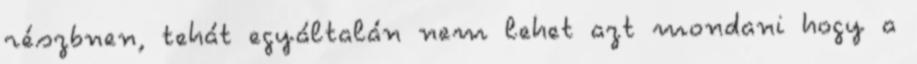
részbnen, tehát egyáltalán nem lehet azt mondani hogy a